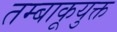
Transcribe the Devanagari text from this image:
तम्बाकूयुक्त